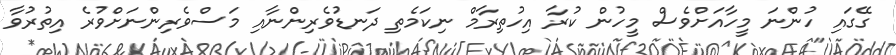
ގޭގައި ހުންނަ މީހާއަށްވެސް މީހުން ކުރާ އިހުތިރާމް ނިކަމެތި ދަނޑުވެރިންނާއި މަސްވެރިންނަށްވުރެ އިތުރުވާ